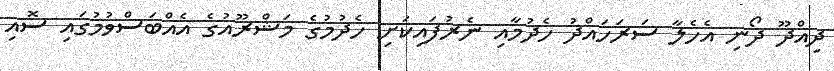
ދިއްދޫ ދޯނި އެހެލާ ސަރަހައްދު ހެދުމާއި ނެރުފައިކަށި ހެދުމުގެ މަޝްރޫއުގެ އެއްބަސްވުމުގައި ސޮއި